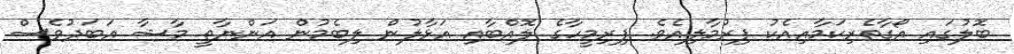
ބޮލުގައި އޯގާތެރިކަމާއިއެކު ފިރުމާލިއެވެ. ފިރިމީހާގެ ލޮއްބާއި އަޅާލުން ލިބެމުން އަންނާތީ މާޝާ އަބަދުވެސް